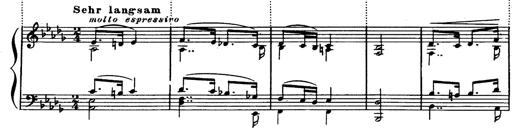
Title: Magyar dalok
Composer: Franz Liszt